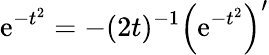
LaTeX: \mathrm{e}^{-t^{2}}=-(2t)^{-1}\left(\mathrm{e}^{-t^{2}}\right)^{\prime}